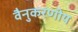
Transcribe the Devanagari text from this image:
वैनुकरणीय